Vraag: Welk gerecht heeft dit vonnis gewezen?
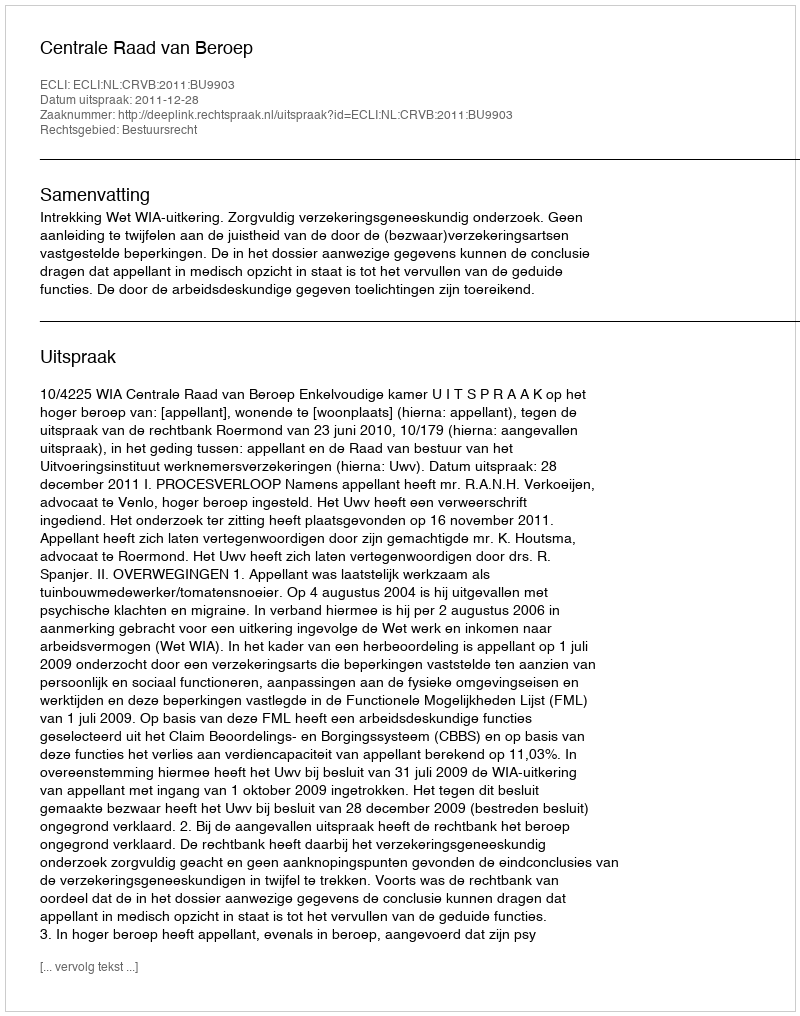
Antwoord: Centrale Raad van Beroep